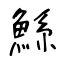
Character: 鯀